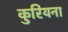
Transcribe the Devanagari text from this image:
कुरियना